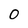
Character: O